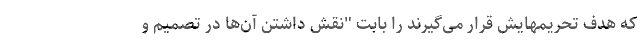
که هدف تحریمهایش قرار می‌گیرند را بابت "نقش داشتن آن‌ها در تصمیم و